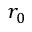
r _ { 0 }